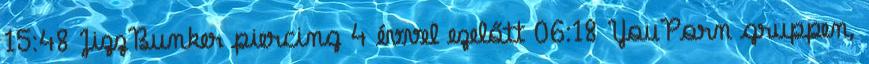
15:48 JizzBunker piercing 4 évvel ezelőtt 06:18 YouPorn gruppen,